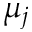
\mu _ { j }